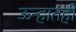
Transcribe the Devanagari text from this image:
ऊन्हातही